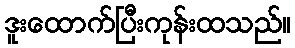
ဒူးထောက်ပြီးကုန်းထသည်။